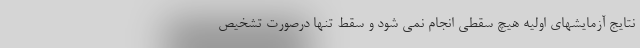
نتایج آزمایشهای اولیه هیچ سقطی انجام نمی شود و سقط تنها درصورت تشخیص